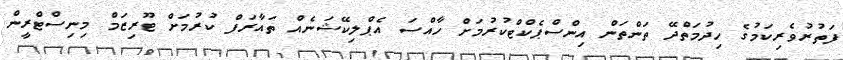
ފަތުރުވެރިކަމުގެ ހިދުމަތްދޭ ތަންތަން އިންސްޕެކްޓްކުރުމަށް ހާއްސަ އެޕްލިކޭޝަނެއް ތައާރަފް ކުރުމަށް ޓޫރިޒަމް މިނިސްޓްރީން